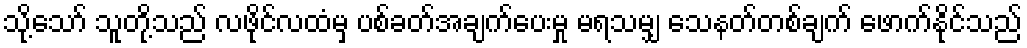
သို့သော် သူတို့သည် လဖိုင်လထံမှ ပစ်ခတ်အချက်ပေးမှု မရသမျှ သေနတ်တစ်ချက် ဖောက်နိုင်သည်